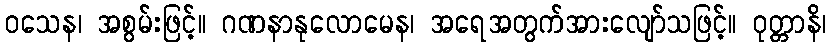
ဝသေန၊ အစွမ်းဖြင့်။ ဂဏနာနုလောမေန၊ အရေအတွက်အားလျော်သဖြင့်။ ဝုတ္တာနိ၊